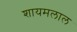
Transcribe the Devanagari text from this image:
शायमलाल